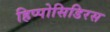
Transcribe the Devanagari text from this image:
हिप्पोसिडिरस